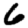
Digit: 6